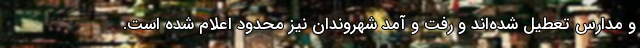
و مدارس تعطیل شده‌اند و رفت و آمد شهروندان نیز محدود اعلام شده است.